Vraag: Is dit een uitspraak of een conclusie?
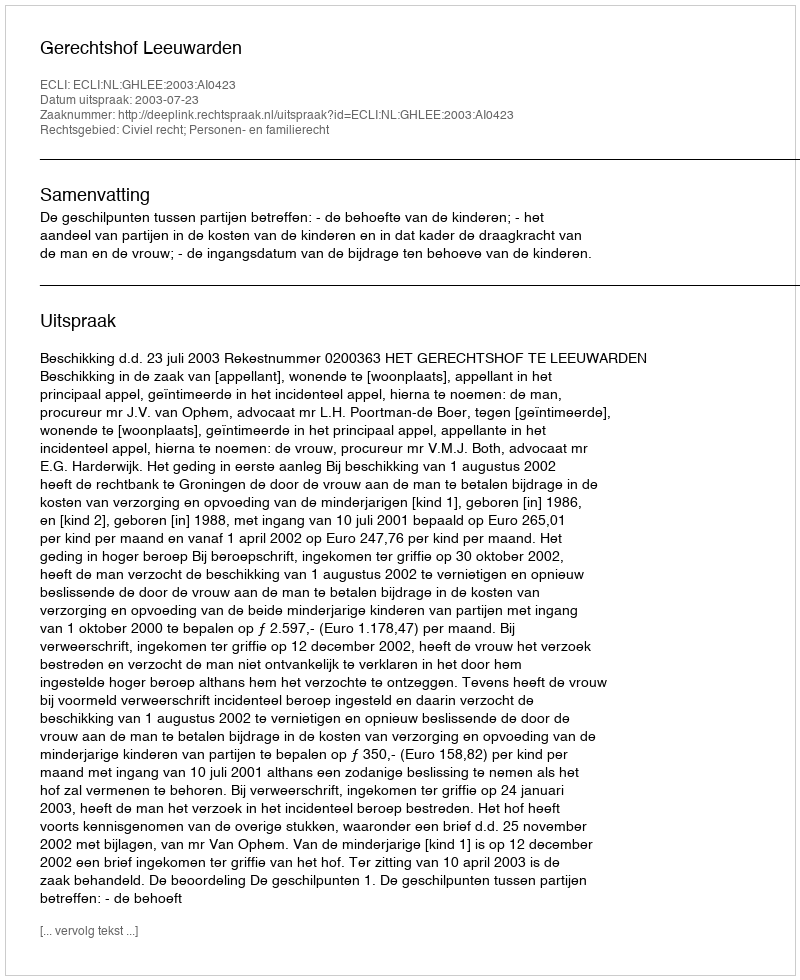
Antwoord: Uitspraak